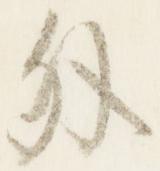
外